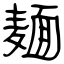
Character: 麺